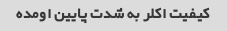
کیفیت اکلر به شدت پایین اومده